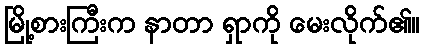
မြို့စားကြီးက နာတာ ရှာကို မေးလိုက်၏။